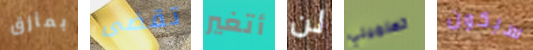
بمأزق تقضى أتغير لن تعلميني سيكون